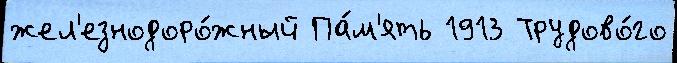
жел'езнодоро́жный Па́м'ять 1913 Трудово́го